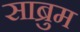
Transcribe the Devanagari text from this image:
साब्रुम